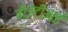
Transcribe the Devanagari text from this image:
वीजेटीआई